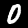
Digit: 0